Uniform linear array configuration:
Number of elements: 4
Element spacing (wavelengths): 0.5
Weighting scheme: uniform
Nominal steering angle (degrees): -60
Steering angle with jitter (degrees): -61.186
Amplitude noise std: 0.05
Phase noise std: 0.05

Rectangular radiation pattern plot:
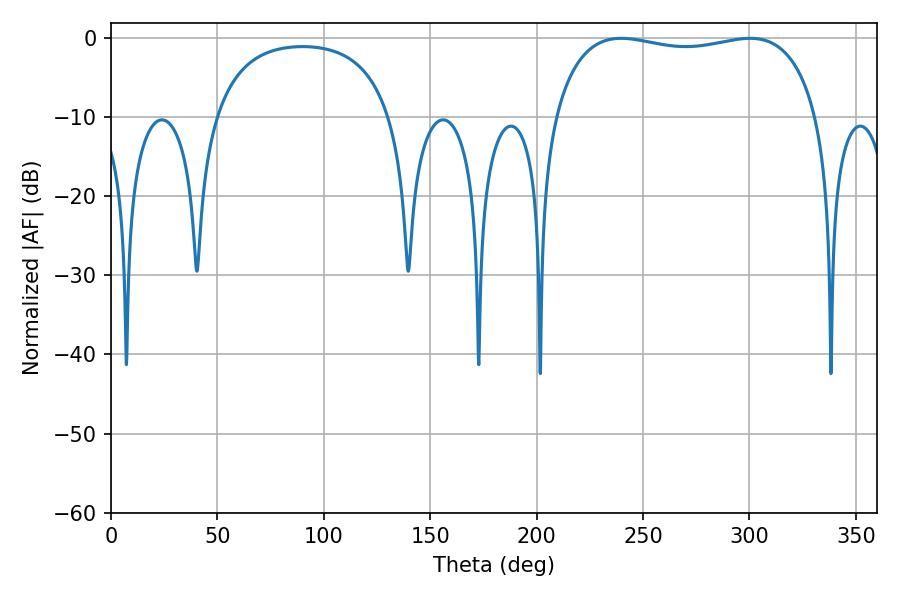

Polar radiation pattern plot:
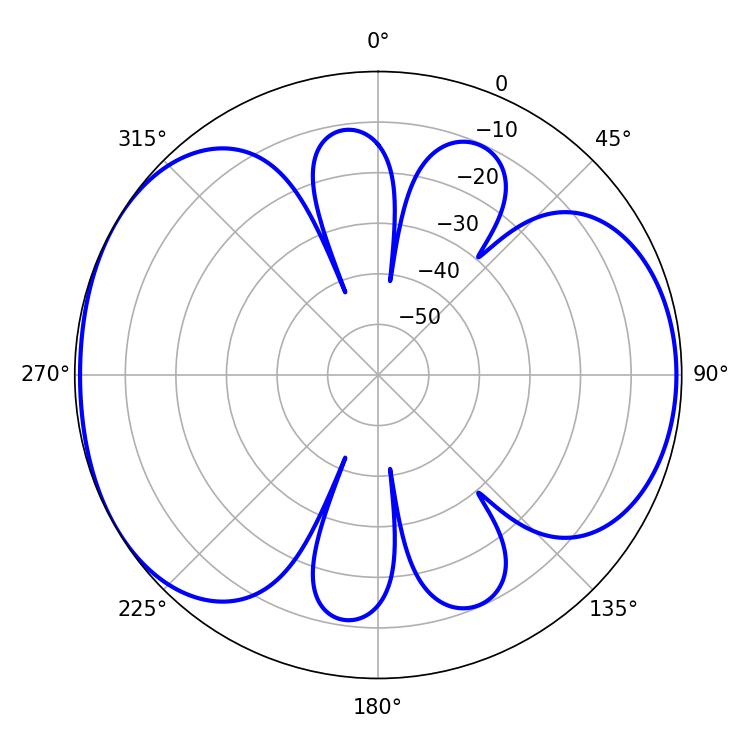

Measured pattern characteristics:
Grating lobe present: FALSE
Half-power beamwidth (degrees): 100.44
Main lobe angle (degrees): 300.24